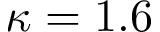
\kappa = 1 . 6